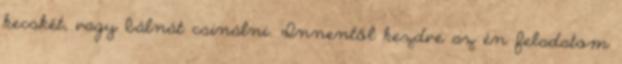
kecskét, vagy bálnát csinálni. Innentől kezdve az én feladatom